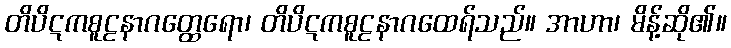
တိပိဋကစူဠနာဂတ္ထေရော၊ တိပိဋကစူဠနာဂထေရ်သည်။ အာဟာ၊ မိန့်ဆို၏။